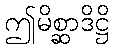
ဤမိစ္ဆာဒိဋ္ဌိ